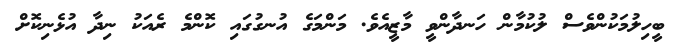
ބީހިލުމަކުންވެސް ލުކުމާން ހަނދާންވީ މާޒީއެވެ. މަންމަގެ އުނގުގައި ކޮންމެ ރެއަކު ނިދާ އުޅެނިކޮށް